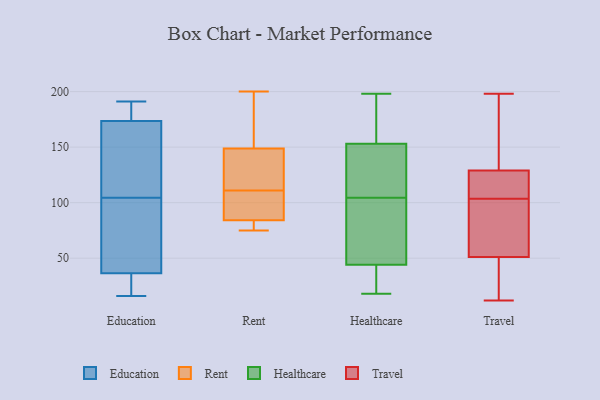
{"axis": {"x": "Demand Index", "y": "Value"}, "legend": ["Education", "Healthcare", "Rent", "Travel"], "data": [{"x": "", "y": 189, "type": "Education"}, {"x": "", "y": 82, "type": "Education"}, {"x": "", "y": 191, "type": "Education"}, {"x": "", "y": 51, "type": "Education"}, {"x": "", "y": 162, "type": "Education"}, {"x": "", "y": 21, "type": "Education"}, {"x": "", "y": 25, "type": "Education"}, {"x": "", "y": 16, "type": "Education"}, {"x": "", "y": 127, "type": "Education"}, {"x": "", "y": 130, "type": "Education"}, {"x": "", "y": 186, "type": "Education"}, {"x": "", "y": 26, "type": "Education"}, {"x": "", "y": 185, "type": "Education"}, {"x": "", "y": 49, "type": "Education"}, {"x": "", "y": 145, "type": "Education"}, {"x": "", "y": 47, "type": "Education"}, {"x": "", "y": 82, "type": "Rent"}, {"x": "", "y": 113, "type": "Rent"}, {"x": "", "y": 75, "type": "Rent"}, {"x": "", "y": 88, "type": "Rent"}, {"x": "", "y": 192, "type": "Rent"}, {"x": "", "y": 89, "type": "Rent"}, {"x": "", "y": 154, "type": "Rent"}, {"x": "", "y": 85, "type": "Rent"}, {"x": "", "y": 111, "type": "Rent"}, {"x": "", "y": 200, "type": "Rent"}, {"x": "", "y": 80, "type": "Rent"}, {"x": "", "y": 137, "type": "Rent"}, {"x": "", "y": 147, "type": "Rent"}, {"x": "", "y": 18, "type": "Healthcare"}, {"x": "", "y": 148, "type": "Healthcare"}, {"x": "", "y": 99, "type": "Healthcare"}, {"x": "", "y": 19, "type": "Healthcare"}, {"x": "", "y": 131, "type": "Healthcare"}, {"x": "", "y": 78, "type": "Healthcare"}, {"x": "", "y": 103, "type": "Healthcare"}, {"x": "", "y": 155, "type": "Healthcare"}, {"x": "", "y": 162, "type": "Healthcare"}, {"x": "", "y": 151, "type": "Healthcare"}, {"x": "", "y": 37, "type": "Healthcare"}, {"x": "", "y": 43, "type": "Healthcare"}, {"x": "", "y": 198, "type": "Healthcare"}, {"x": "", "y": 160, "type": "Healthcare"}, {"x": "", "y": 45, "type": "Healthcare"}, {"x": "", "y": 106, "type": "Healthcare"}, {"x": "", "y": 69, "type": "Travel"}, {"x": "", "y": 108, "type": "Travel"}, {"x": "", "y": 127, "type": "Travel"}, {"x": "", "y": 12, "type": "Travel"}, {"x": "", "y": 195, "type": "Travel"}, {"x": "", "y": 67, "type": "Travel"}, {"x": "", "y": 23, "type": "Travel"}, {"x": "", "y": 34, "type": "Travel"}, {"x": "", "y": 114, "type": "Travel"}, {"x": "", "y": 164, "type": "Travel"}, {"x": "", "y": 112, "type": "Travel"}, {"x": "", "y": 99, "type": "Travel"}, {"x": "", "y": 198, "type": "Travel"}, {"x": "", "y": 96, "type": "Travel"}, {"x": "", "y": 131, "type": "Travel"}, {"x": "", "y": 35, "type": "Travel"}]}